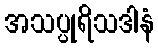
အသပ္ပုရိသဒါနံ